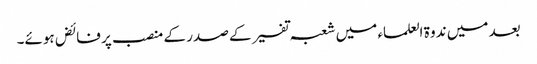
بعد میں ندوۃ العلماء میں شعبہ تفسیر کے صدر کے منصب پر فائض ہوئے۔